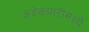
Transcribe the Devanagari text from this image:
कडेकपारीमध्ये